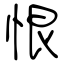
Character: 恨